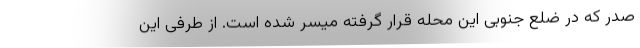
صدر که در ضلع جنوبی این محله قرار گرفته میسر شده است. از طرفی این